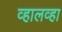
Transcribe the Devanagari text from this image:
व्हालव्हा